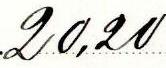
20,20